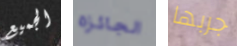
الجميع الجائزه جربها